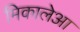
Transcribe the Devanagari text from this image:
मिकालेआ